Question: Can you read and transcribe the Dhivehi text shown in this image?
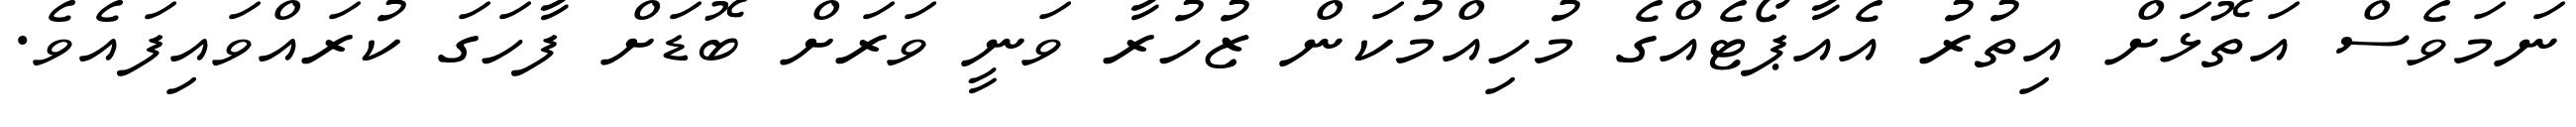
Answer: ނަމަވެސް އަތޮޅަށް އިތުރު އެއާޕޯޓެއްގެ މުހިއްމުކަން ޒުހުރާ ވަނީ ވަރަށް ބޮޑަށް ފާހަގަ ކުރައްވައިފައެވެ.